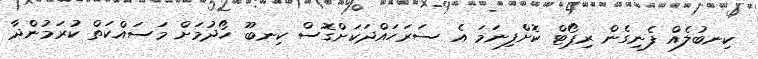
ކިނބުލެއް ފެނިގެން ރިޕޯޓް ކޮށްފިނަމަ އެ ސަރަހައްދަކަށްގޮސް ކިނބޫ ހޯދުމަށް މަސައްކަތް ކުރަމުންދާ